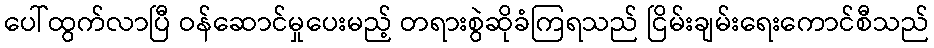
ပေါ်ထွက်လာပြီ ဝန်ဆောင်မှုပေးမည့် တရားစွဲဆိုခံကြရသည် ငြိမ်းချမ်းရေးကောင်စီသည်